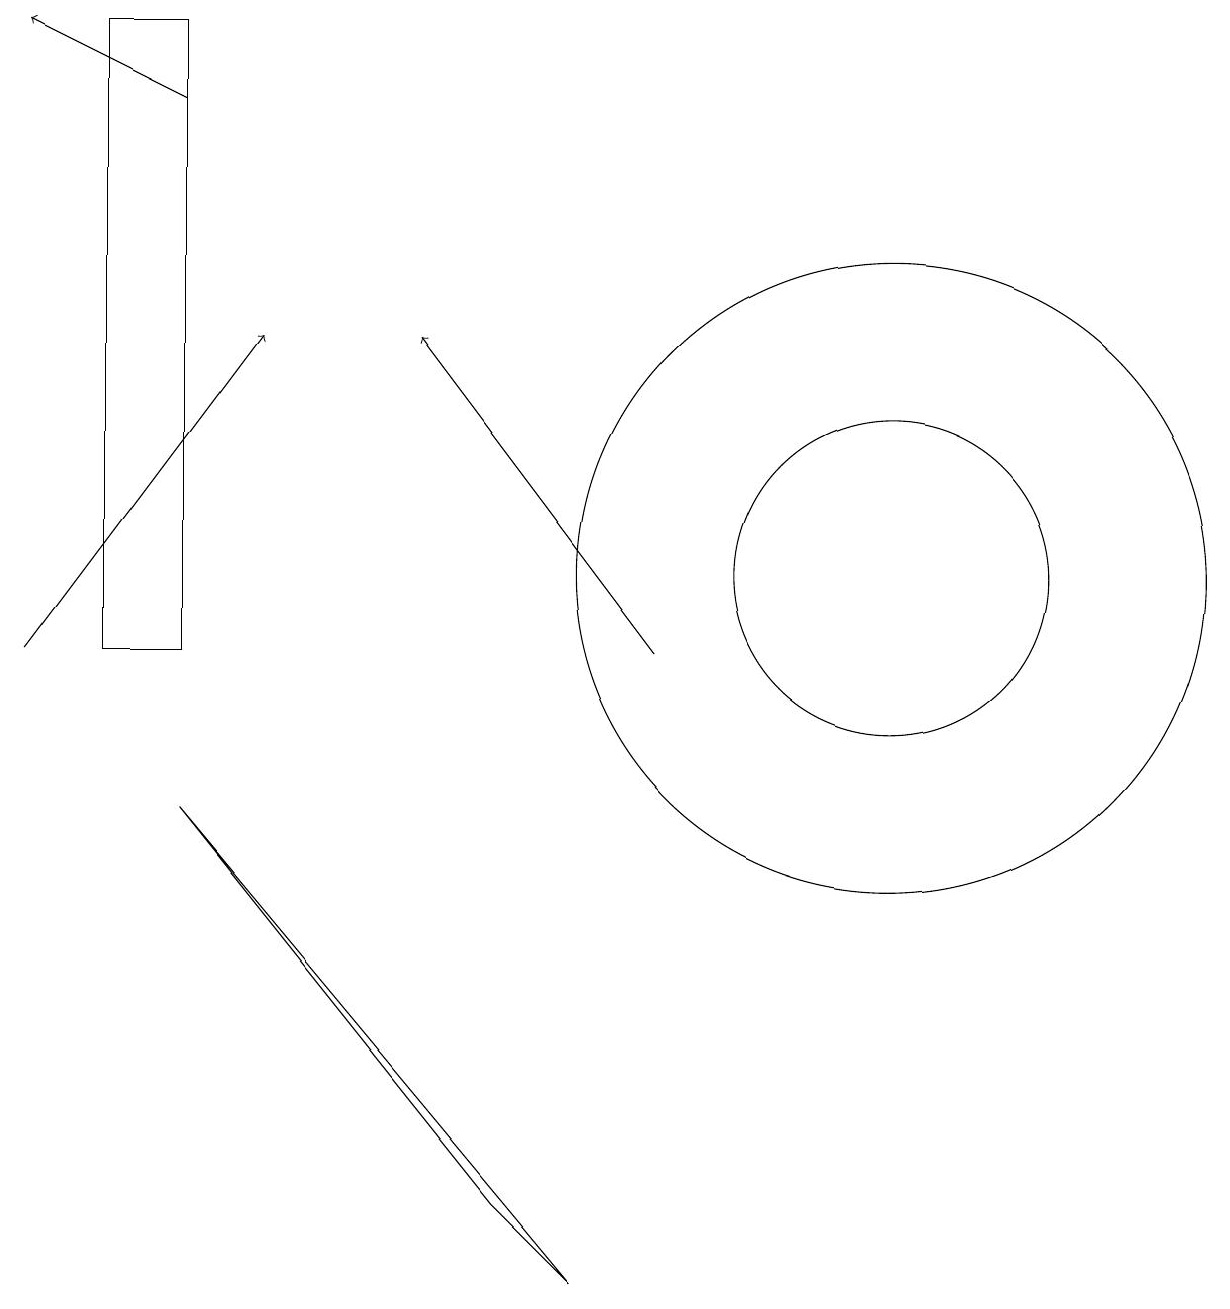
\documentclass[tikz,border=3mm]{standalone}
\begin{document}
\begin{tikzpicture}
\draw[->] (0,11) -- (3,15);
\draw (2,9) -- (6,4) -- (7,3) -- cycle;
\draw (11,12) circle (4);
\draw (1,19) rectangle (2,11);
\draw[->] (2,18) -- (0,19);
\draw (11,12) circle (2);
\draw[->] (8,11) -- (5,15);
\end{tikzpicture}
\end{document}